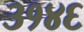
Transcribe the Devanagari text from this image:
३१४६